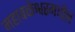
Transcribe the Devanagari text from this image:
महाबळेश्वरमधील